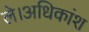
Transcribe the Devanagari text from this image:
ले।अधिकांश